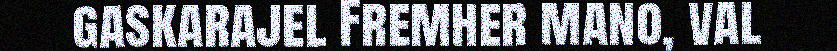
gaskarajel Fremher mano, val